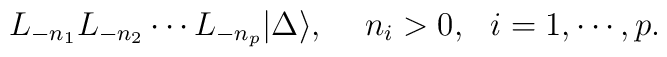
L_{-n_1}L_{-n_2}\cdots L_{-n_p}|\Delta \rangle,\,\,\,\,\,\,\,n_i >0, \,\,\,\,i=1, \cdots, p.